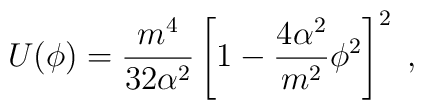
U(\phi)=\frac{m^4}{32\alpha^2}\left[1-\frac{4\alpha^2}{m^2}\phi^2\right]^2\;,